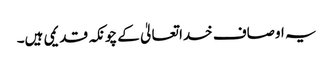
یہ اوصاف خدا تعالیٰ کے چونکہ قدیمی ہیں۔